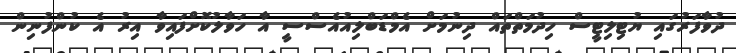
ދުވާފަރުގައި ޔުޓިލިޓީސް ހިދުމަތްތައް ދިނުމަށް އެމްޑަބްލިއުއެސްސީ އާ ހަވާލުކޮށްފައިވާ އިރު އެ ކުންފުނިން